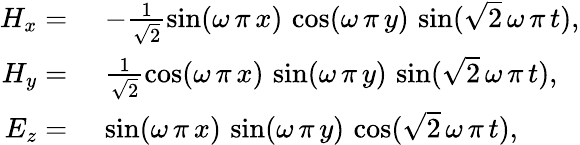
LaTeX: \begin{array}{rl}{H_{x}=}&{\, \, -\frac{1}{\sqrt{2}}\sin(\omega\, \pi\, x)\, \cos(\omega\, \pi\, y)\, \sin(\sqrt{2}\, \omega\, \pi\, t),}\\ {H_{y}=}&{\, \, \frac{1}{\sqrt{2}}\cos(\omega\, \pi\, x)\, \sin(\omega\, \pi\, y)\, \sin(\sqrt{2}\, \omega\, \pi\, t),}\\ {E_{z}=}&{\, \, \sin(\omega\, \pi\, x)\, \sin(\omega\, \pi\, y)\, \cos(\sqrt{2}\, \omega\, \pi\, t),}\end{array}